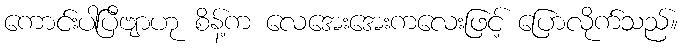
ကောင်းပါပြီဗျာဟု စိန့်က လေအေးအေးကလေးဖြင့် ပြောလိုက်သည်။